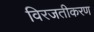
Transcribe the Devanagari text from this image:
विरजतीकरण